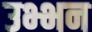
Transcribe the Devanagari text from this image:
उभ्भन